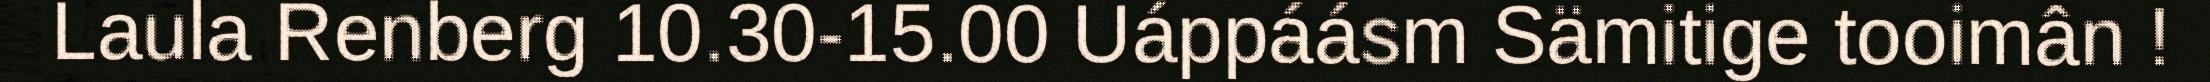
Laula Renberg 10.30-15.00 Uáppáásm Sämitige tooimân !